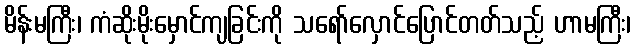
မိန်းမကြီး၊ ကံဆိုးမိုးမှောင်ကျခြင်းကို သရော်လှောင်ပြောင်တတ်သည့် ဟာမကြီး၊